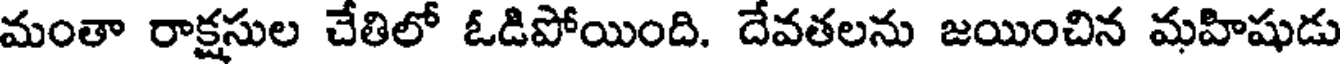
మంతా రాక్షసుల చేతిలో ఓడిపోయింది. దేవతలను జయించిన మహిషుడు